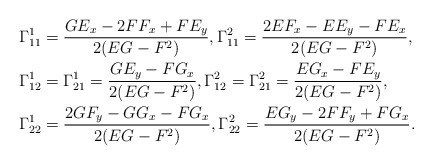
\begin{align*}& \Gamma^1_{11}=\frac{GE_x-2FF_x+FE_y}{2(EG-F^2)}, \Gamma^2_{11}=\frac{2EF_x-EE_y-FE_x}{2(EG-F^2)},\\& \Gamma^1_{12}=\Gamma^1_{21}=\frac{GE_y-FG_x}{2(EG-F^2)}, \Gamma^2_{12}=\Gamma^2_{21}=\frac{EG_x-FE_y}{2(EG-F^2)}, \\& \Gamma^1_{22}=\frac{2GF_y-GG_x-FG_x}{2(EG-F^2)}, \Gamma^2_{22}=\frac{EG_y-2FF_y+FG_x}{2(EG-F^2)}. \end{align*}